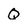
Character: Q